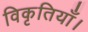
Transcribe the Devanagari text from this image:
विकृतियाँ।